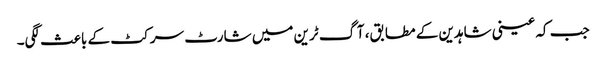
جب کہ عینی شاہدین کے مطابق، آگ ٹرین میں شارٹ سرکٹ کے باعث لگی۔